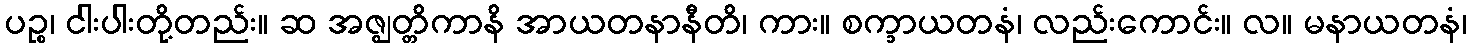
ပဉ္စ၊ ငါးပါးတို့တည်း။ ဆ အဇ္ဈတ္တိကာနိ အာယတနာနီတိ၊ ကား။ စက္ခာယတနံ၊ လည်းကောင်း။ လ။ မနာယတနံ၊